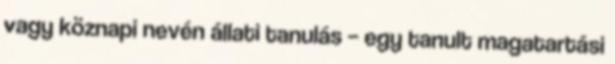
vagy köznapi nevén állati tanulás – egy tanult magatartási